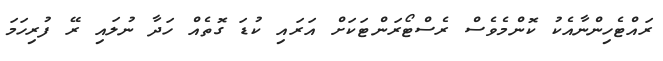
ރައްޓެހިންނާއެކު ކޮންމެވެސް ރެސްޓޯރަންޓަކަށް އަރައި ކުޑަ ގޮތެއް ހަދާ ނުލައި ރޭ ފުރިހަމަ